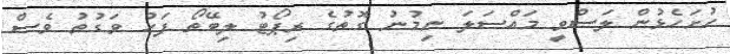
ހުށަހެޅުން ލަސްވީ މައްސަލަ ނިމުނު ގޮތުގެ ރިޕޯޓު ލިބޭތޯ ފަހު ވަގުތު ވެސް